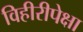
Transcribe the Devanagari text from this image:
विहीरीपेक्षा